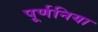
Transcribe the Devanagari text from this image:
पूर्णनिया